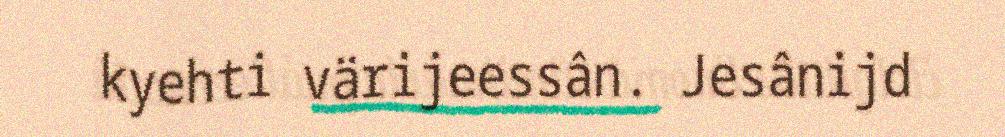
kyehti värijeessân. Jesânijd